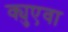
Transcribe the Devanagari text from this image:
क्युएवा